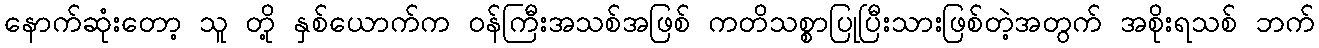
နောက်ဆုံးတော့ သူ တို့ နှစ်ယောက်က ဝန်ကြီးအသစ်အဖြစ် ကတိသစ္စာပြုပြီးသားဖြစ်တဲ့အတွက် အစိုးရသစ် ဘက်